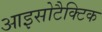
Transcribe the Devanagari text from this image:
आइसोटैक्टिक